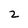
Character: 2